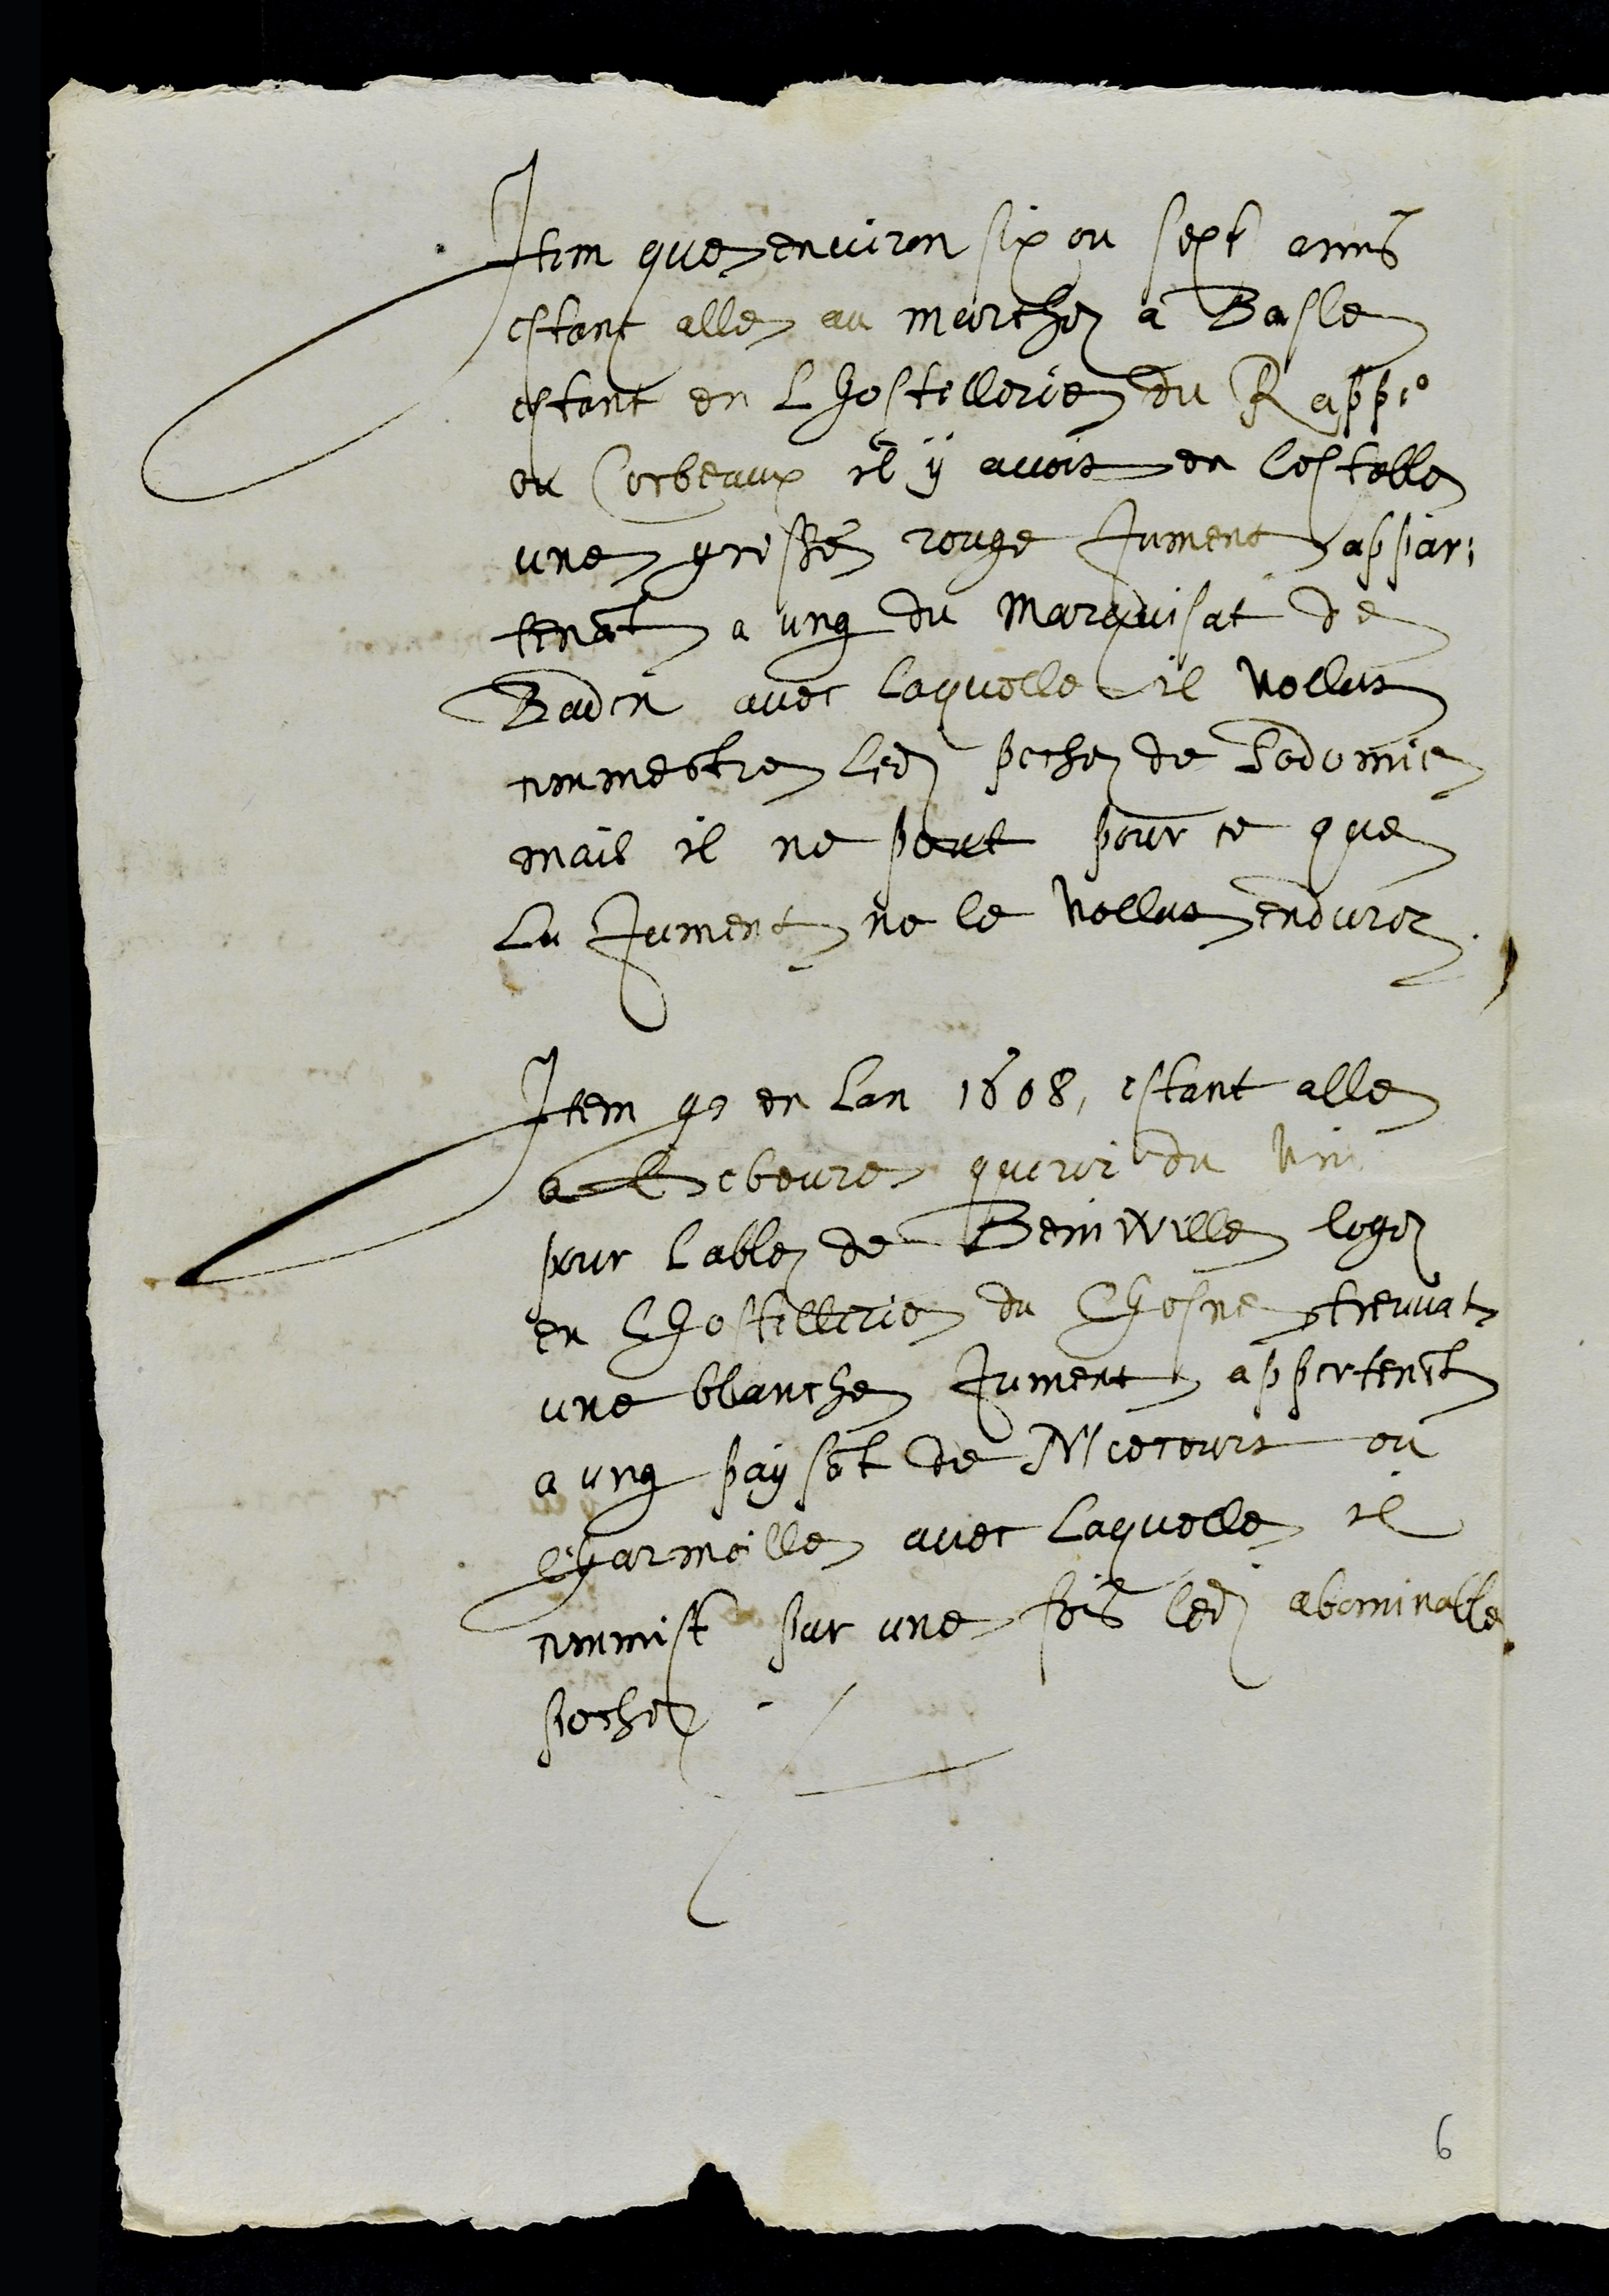
Item que environ six ou sept ans
estant elle au marchez a Basle
estant en lhostellerie du Rappe
ou Corbeaux il y avoit en lestable
une grisse rouge jument appar¬
tenant a ung du marquisat de
Baden avec laquelle il vollut
commectre ledit pechez de Sodomie
mais il ne peut pour ce que
la jument ne le vollut endurer
Item que en lan 1608, estant elle
a Geboure querir du vin
pour labbe de Beinwille logez
en lhostellerie du Chesne treuvat
une blanche jument appertenant
a ung paysant de Miecourt, ou
Charmoille avec laquelle il
commist par une fois ledit abominable
peche
6